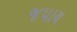
જપાય